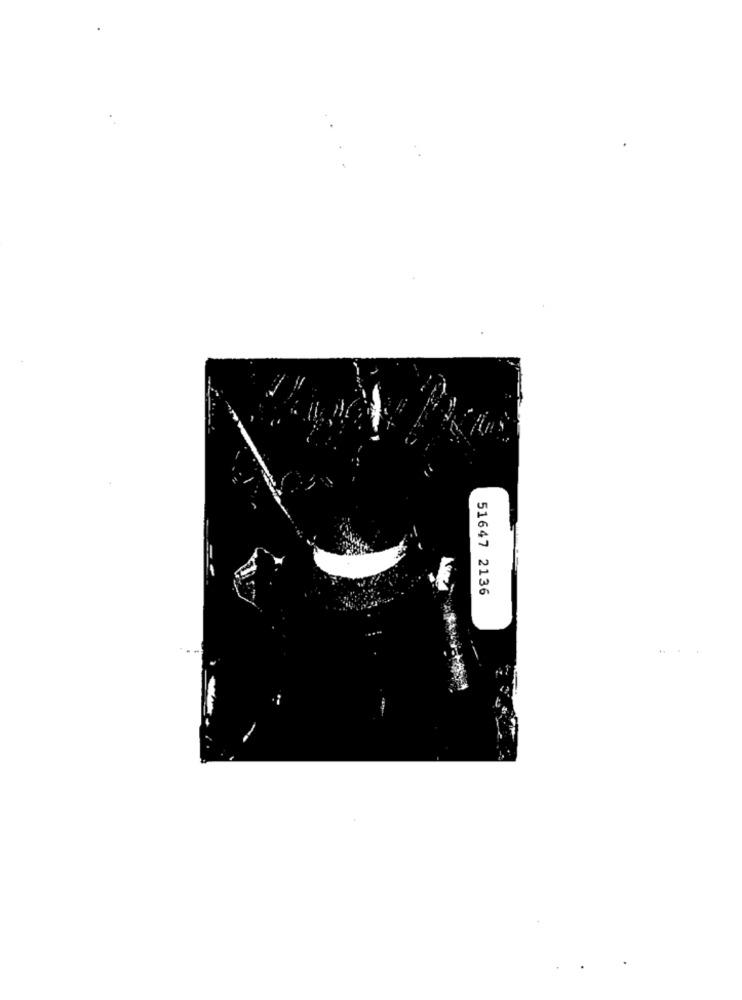
51647 2136